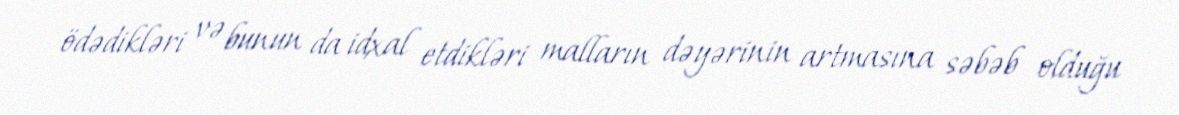
ödədikləri və bunun da idxal etdikləri malların dəyərinin artmasına səbəb olduğu